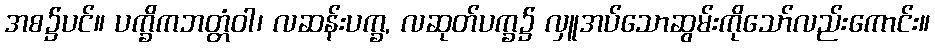
အစ၌ပင်။ ပက္ခိကဘတ္တံဝါ၊ လဆန်းပက္ခ, လဆုတ်ပက္ခ၌ လှူအပ်သောဆွမ်းကိုသော်လည်းကောင်း။